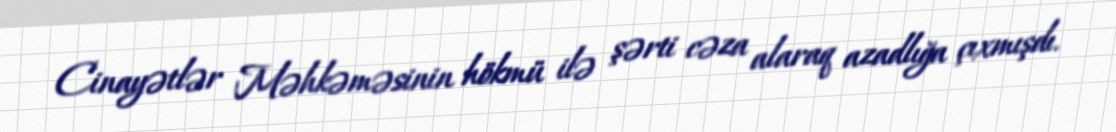
Cinayətlər Məhkəməsinin hökmü ilə şərti cəza alaraq azadlığa çıxmışdı.